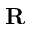
\mathbf { R }